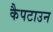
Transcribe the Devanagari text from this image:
कैपटाउन